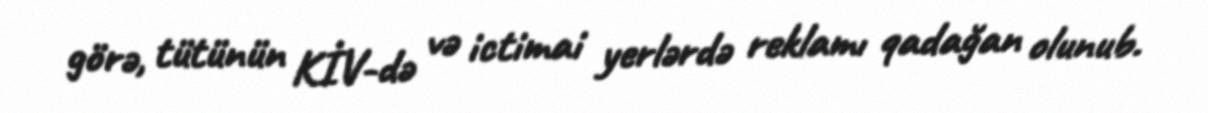
görə, tütünün KİV-də və ictimai yerlərdə reklamı qadağan olunub.